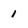
Character: 1